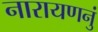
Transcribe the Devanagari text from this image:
नारायणनुं